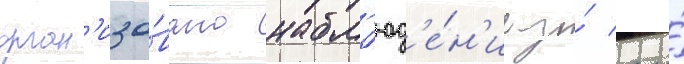
орган'изо́вано набл'юд'е́н'ие за́ его́